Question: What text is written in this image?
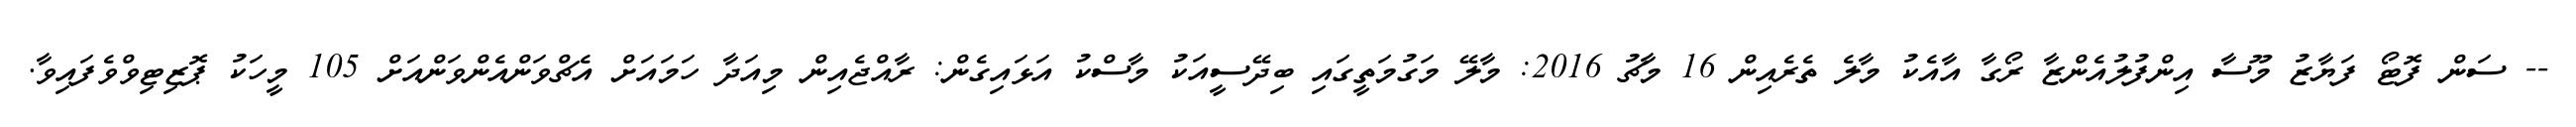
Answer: -- ސަން ފޮޓޯ ފަޔާޒު މޫސާ އިންފުލުއެންޒާ ރޯގާ އާއެކު މާލެ ތެރެއިން 16 މާޗު 2016: މާލޭ މަގުމަތީގައި ބިދޭސީއަކު މާސްކު އަޅައިގެން: ރާއްޖެއިން މިއަދާ ހަމައަށް އެޗްވަންއެންވަންއަށް 105 މީހަކު ޕޮޒިޓިވްވެފައިވާ.